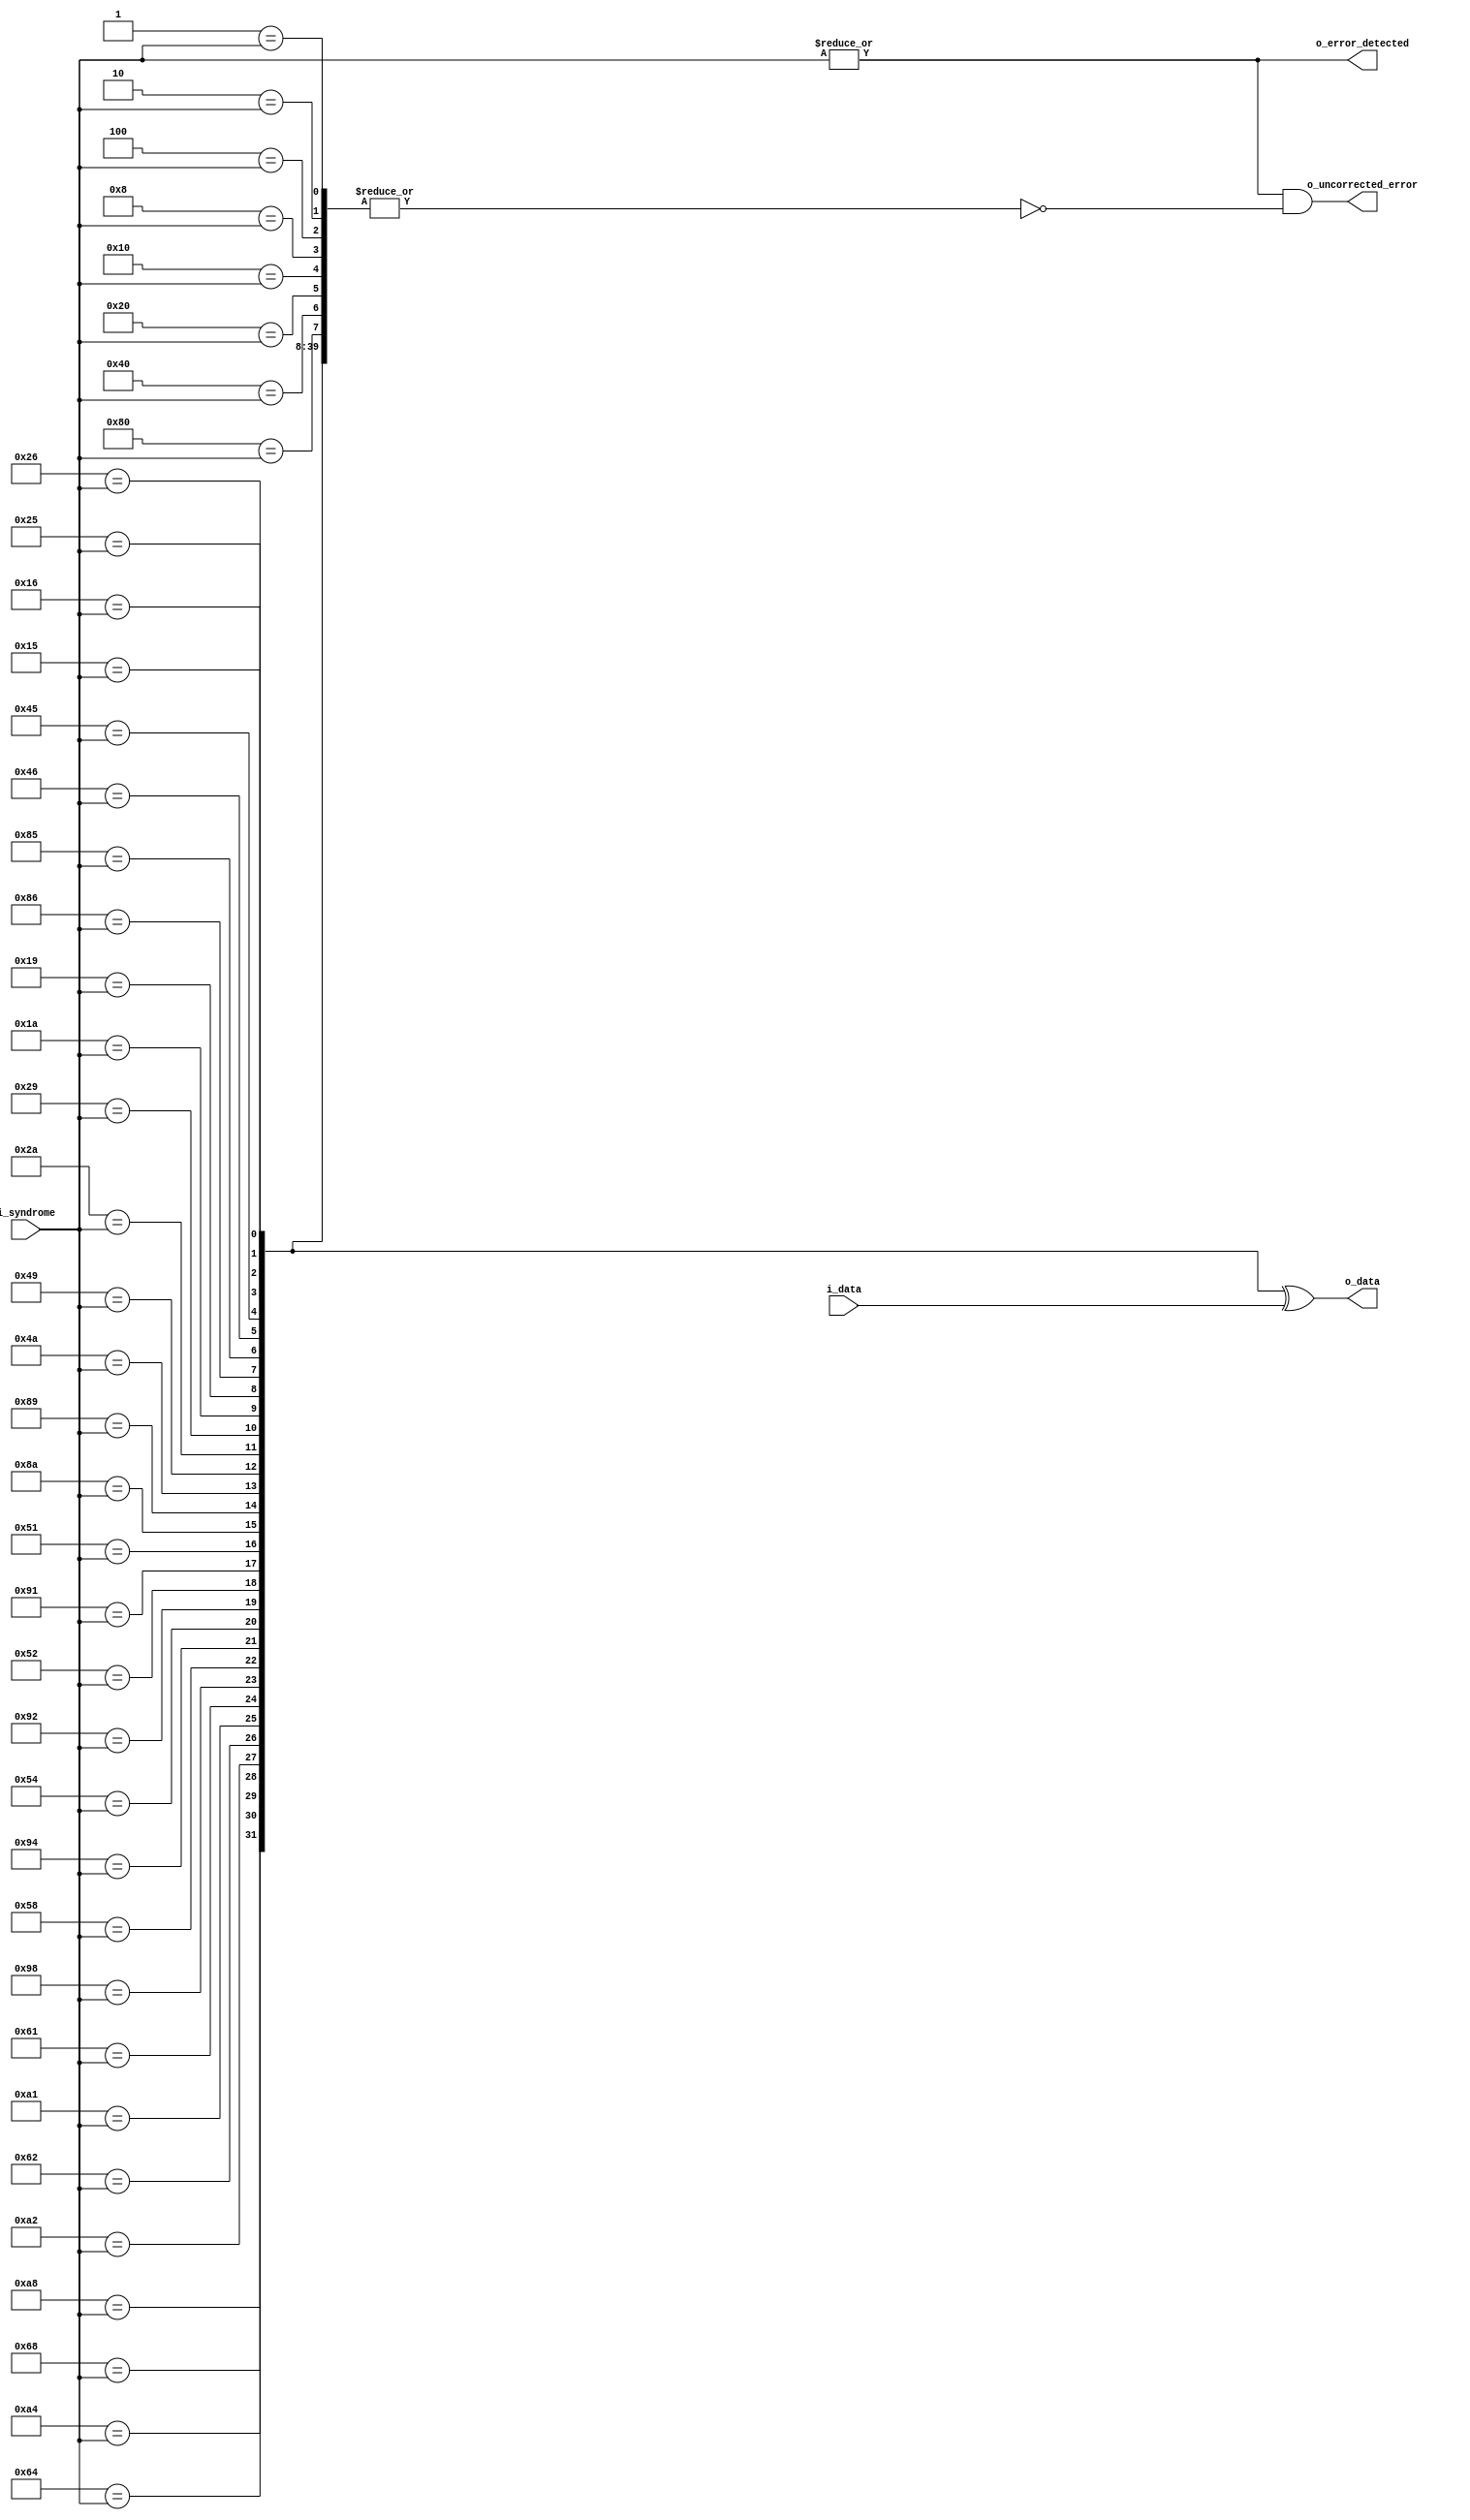
module edc_corrector (
input   [31:0]  i_data,
input   [7:0]   i_syndrome,
output  [31:0]  o_data,
output          o_error_detected,
output          o_uncorrected_error
);
wire [7:0] decoder_matrix[0:39];
wire [39:0] error_vector;
generate
	assign decoder_matrix[39]  = 8'b10101000;
	assign decoder_matrix[38]  = 8'b01101000;
	assign decoder_matrix[37]  = 8'b10100100;
	assign decoder_matrix[36]  = 8'b01100100;
	assign decoder_matrix[35]  = 8'b10100010;
	assign decoder_matrix[34]  = 8'b01100010;
	assign decoder_matrix[33]  = 8'b10100001;
	assign decoder_matrix[32]  = 8'b01100001;
	assign decoder_matrix[31]  = 8'b10011000;
	assign decoder_matrix[30]  = 8'b01011000;
	assign decoder_matrix[29] = 8'b10010100;
	assign decoder_matrix[28] = 8'b01010100;
	assign decoder_matrix[27] = 8'b10010010;
	assign decoder_matrix[26] = 8'b01010010;
	assign decoder_matrix[25] = 8'b10010001;
	assign decoder_matrix[24] = 8'b01010001;
	assign decoder_matrix[23] = 8'b10001010;
	assign decoder_matrix[22] = 8'b10001001;
	assign decoder_matrix[21] = 8'b01001010;
	assign decoder_matrix[20] = 8'b01001001;
	assign decoder_matrix[19] = 8'b00101010;
	assign decoder_matrix[18] = 8'b00101001;
	assign decoder_matrix[17] = 8'b00011010;
	assign decoder_matrix[16] = 8'b00011001;
	assign decoder_matrix[15] = 8'b10000110;
	assign decoder_matrix[14] = 8'b10000101;
	assign decoder_matrix[13] = 8'b01000110;
	assign decoder_matrix[12] = 8'b01000101;
	assign decoder_matrix[11] = 8'b00100110;
	assign decoder_matrix[10] = 8'b00100101;
	assign decoder_matrix[9]  = 8'b00010110;
	assign decoder_matrix[8]  = 8'b00010101;
	assign decoder_matrix[7]  = 8'b10000000;
	assign decoder_matrix[6]  = 8'b01000000;
	assign decoder_matrix[5]  = 8'b00100000;
	assign decoder_matrix[4]  = 8'b00010000;
	assign decoder_matrix[3]  = 8'b00001000;
	assign decoder_matrix[2]  = 8'b00000100;
	assign decoder_matrix[1]  = 8'b00000010;
	assign decoder_matrix[0]  = 8'b00000001;
endgenerate
genvar c;
generate
	for (c=0; c<40; c=c+1) begin
		assign error_vector[c] = decoder_matrix[c] == i_syndrome;
	end
endgenerate
assign o_error_detected = | i_syndrome; 
assign o_uncorrected_error = o_error_detected & (~| error_vector);
assign o_data = error_vector[39:8] ^ i_data;
endmodule